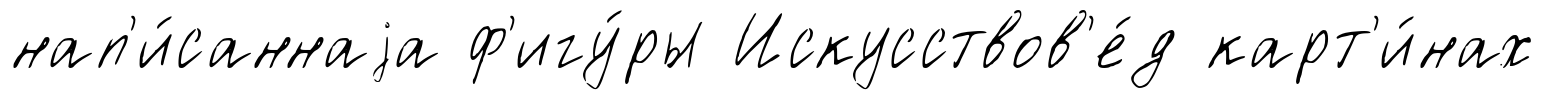
нап'и́саннаjа ф'игу́ры Искусствов'е́д карт'и́нах